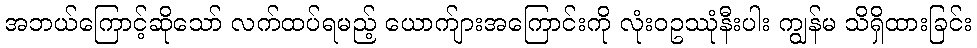
အဘယ်ကြောင့်ဆိုသော် လက်ထပ်ရမည့် ယောက်ျားအကြောင်းကို လုံးဝဥဿုံနီးပါး ကျွန်မ သိရှိထားခြင်း